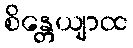
စိန္တေယျာထ